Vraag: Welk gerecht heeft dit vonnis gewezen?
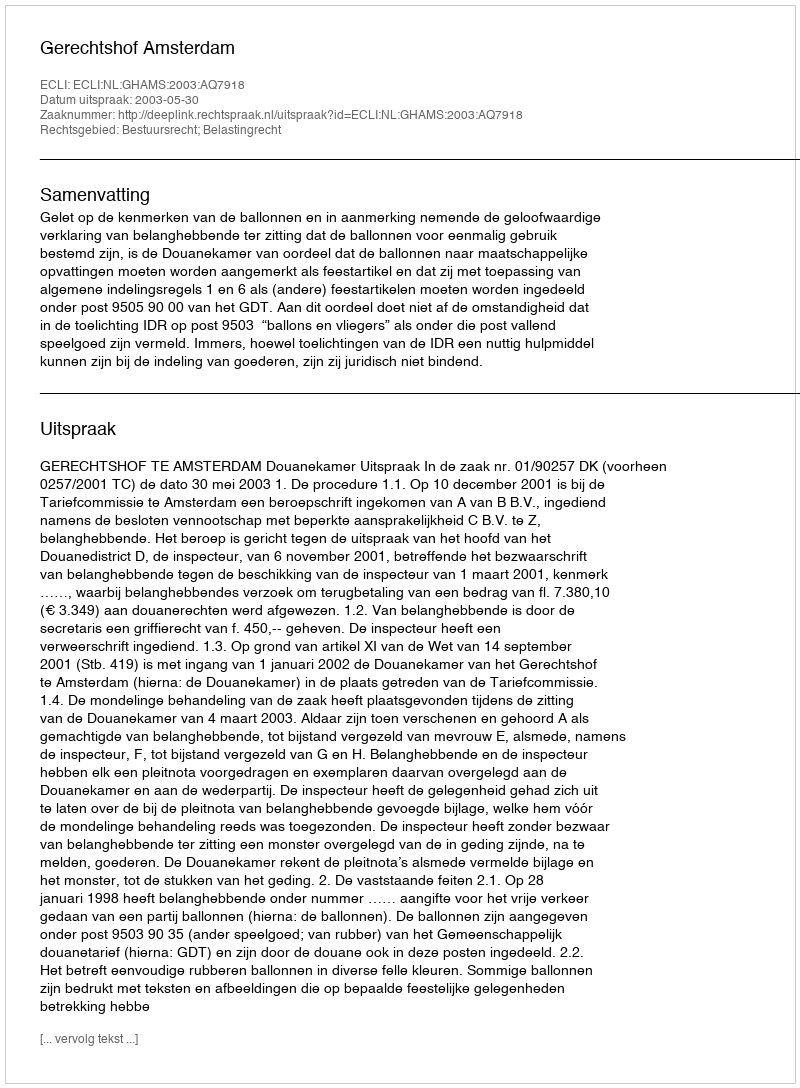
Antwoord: Gerechtshof Amsterdam